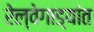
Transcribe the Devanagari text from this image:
रेल्वेगाड्यांत